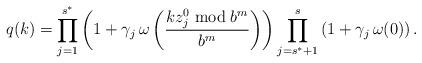
LaTeX: \begin{align*}q(k)&=\prod_{j=1}^{s^{\ast}} \left(1 + \gamma_j \, \omega\left(\frac{k z_j^0 \bmod b^m}{b^m}\right) \right)\prod_{j = s^{\ast} + 1}^{s} \left(1 + \gamma_j \, \omega(0) \right) .\end{align*}